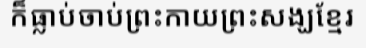
ក៏ធ្លាប់ចាប់ព្រះកាយព្រះសង្ឃខ្មែរ